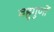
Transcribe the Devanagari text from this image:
बहुगुणों